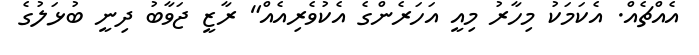
އެއްޗެއް. އެކަމަކު މިހާރު މިއީ އަހަރެންގެ އެކުވެރިއެއް" ރާޒީ ޖަވާބު ދިނީ ބުޅަލުގެ